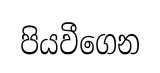
පියවීගෙන